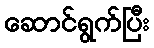
ဆောင်ရွက်ပြီး